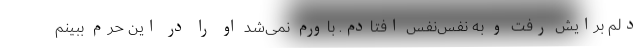
دلم برایش رفت و به نفس‌نفس افتادم. باورم نمی‌شد او را در این حرم ببینم